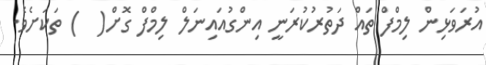
އުރަވަޅިން ލިމްފް ތައް ދަތުރުކުރަނީ އިންގުއައިނަލް ލިމްފް ގޮށް(  ) ތަކަށެވެ.